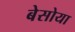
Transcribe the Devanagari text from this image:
बेसोया